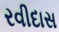
રવીદાસ